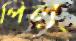
পিলু